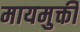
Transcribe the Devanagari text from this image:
मायमुक्ती